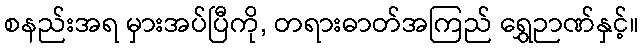
စနည်းအရ မှားအပ်ပြီကို, တရားဓာတ်အကြည် ရွှေဉာဏ်နှင့်။